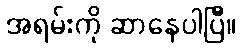
အရမ်းကို ဆာနေပါပြီ။